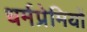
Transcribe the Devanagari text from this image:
धर्मप्रेमियों